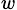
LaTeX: _w